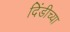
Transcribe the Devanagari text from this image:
दिंडीच्या